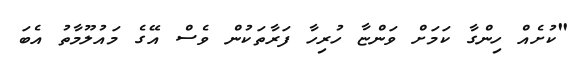
"ކުށެއް ހިންގާ ކަމަށް ވަންޏާ ހުރިހާ ފަރާތަކުން ވެސް އޭގެ މައުލޫމާތު އެބަ